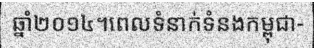
ឆ្នាំ២០១៤។ពេលទំនាក់ទំនងកម្ពុជា-